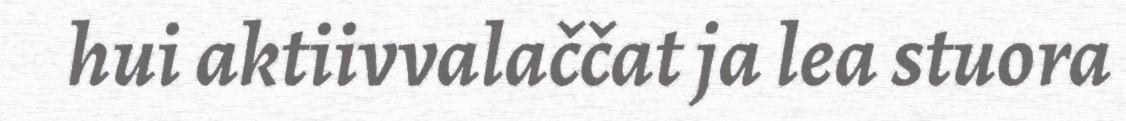
hui aktiivvalaččat ja lea stuora